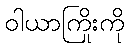
ဝါယာကြိုးကို